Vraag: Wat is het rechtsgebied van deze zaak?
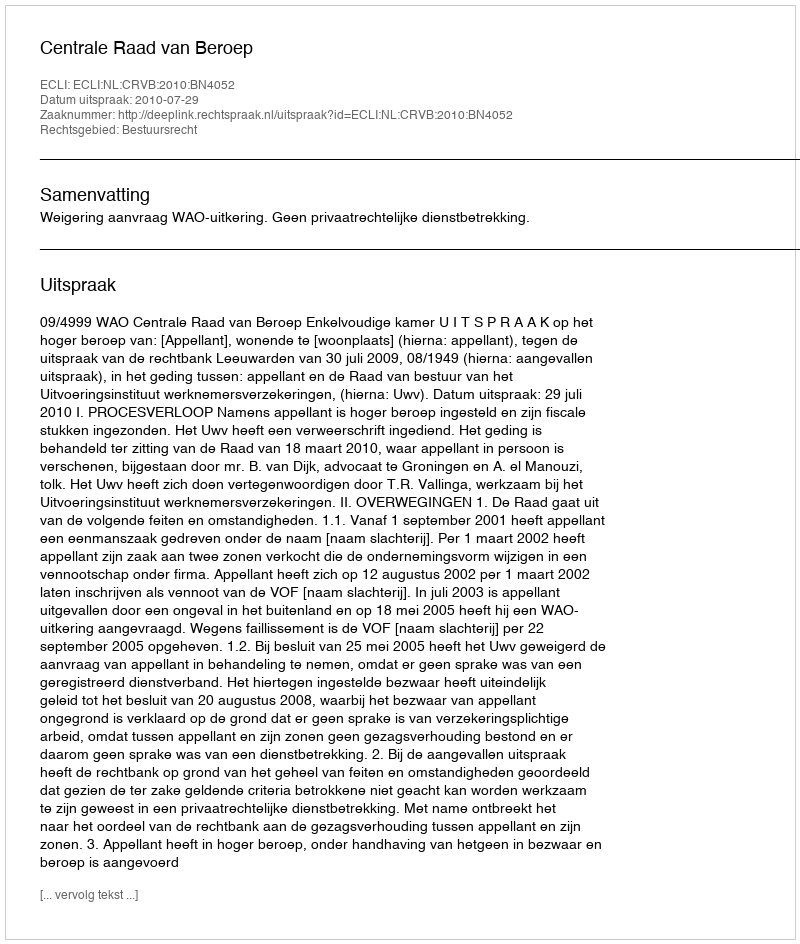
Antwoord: Bestuursrecht